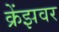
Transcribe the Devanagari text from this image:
क्रेंझवर